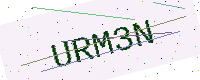
Text: URM3N